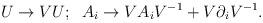
LaTeX: \begin{align*}U\rightarrow VU;\;\;A_i\rightarrow VA_iV^{-1}+V\partial_iV^{-1}.\end{align*}